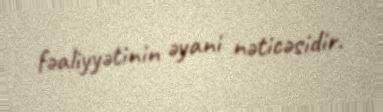
fəaliyyətinin əyani nəticəsidir.